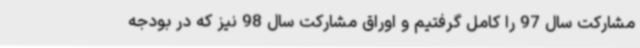
مشارکت سال 97 را کامل گرفتیم و اوراق مشارکت سال 98 نیز که در بودجه